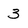
Character: 3